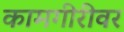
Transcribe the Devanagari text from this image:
कामगीरीवर